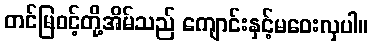
တင်မြဝင့်တို့အိမ်သည် ကျောင်းနှင့်မဝေးလှပါ။